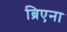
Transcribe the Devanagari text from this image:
ब्रिएना